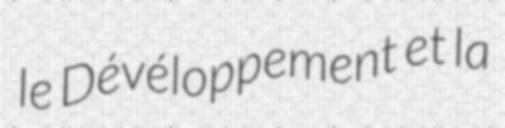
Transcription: le Dévéloppement et la